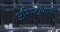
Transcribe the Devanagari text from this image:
अरिस्टोफेन्स